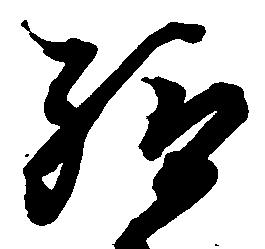
給